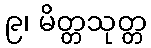
၉၊ မိတ္တသုတ္တ